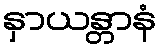
နှာယန္တာနံ